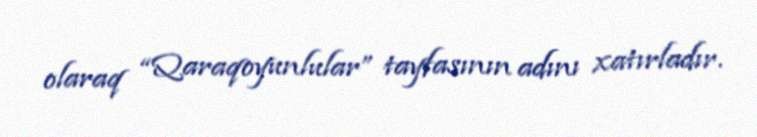
olaraq “Qaraqoyunlular” tayfasının adını xatırladır.